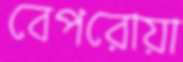
বেপরোয়া